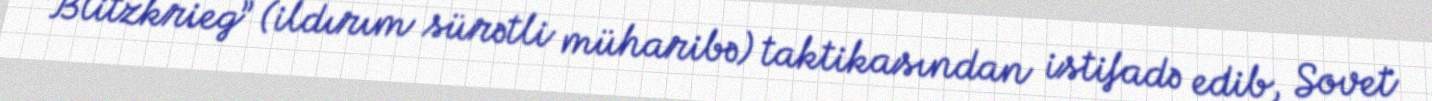
“Blitzkrieg” (ildırım sürətli müharibə) taktikasından istifadə edib, Sovet